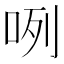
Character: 咧